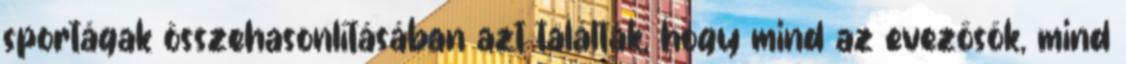
sportágak összehasonlításában azt találták, hogy mind az evezősök, mind